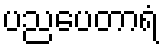
ပညပေတာရံ